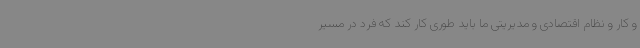
و کار و نظام اقتصادی و مدیریتی ما باید طوری کار کند که فرد در مسیر